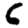
Digit: 6